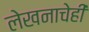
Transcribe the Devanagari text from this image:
लेखनाचेही